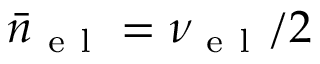
\bar { n } _ { \mathrm { ~ e ~ l ~ } } = \nu _ { \mathrm { ~ e ~ l ~ } } / 2